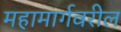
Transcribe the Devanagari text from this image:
महामार्गवरील